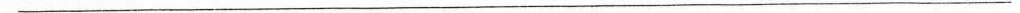
___